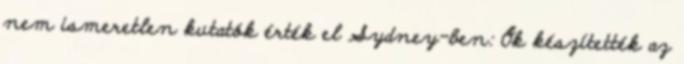
nem ismeretlen kutatók érték el Sydney-ben: Ők készítették az